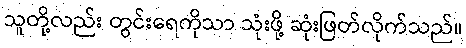
သူတို့လည်း တွင်းရေကိုသာ သုံးဖို့ ဆုံးဖြတ်လိုက်သည်။